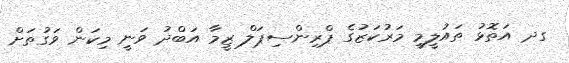
ގދ އަތޮޅު ތައުލީމީ މަރުކަޒުގެ ޕްރިންސިޕަލް ޒީމާ އަބްދު ވަނީ މިކަން ވަގުތަށް